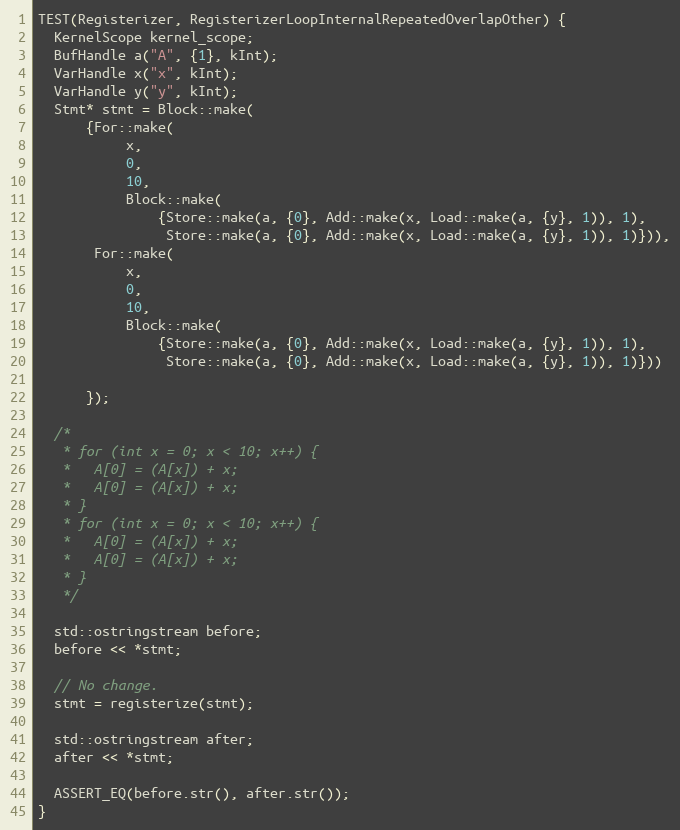
Language: C++
TEST(Registerizer, RegisterizerLoopInternalRepeatedOverlapOther) {
  KernelScope kernel_scope;
  BufHandle a("A", {1}, kInt);
  VarHandle x("x", kInt);
  VarHandle y("y", kInt);
  Stmt* stmt = Block::make(
      {For::make(
           x,
           0,
           10,
           Block::make(
               {Store::make(a, {0}, Add::make(x, Load::make(a, {y}, 1)), 1),
                Store::make(a, {0}, Add::make(x, Load::make(a, {y}, 1)), 1)})),
       For::make(
           x,
           0,
           10,
           Block::make(
               {Store::make(a, {0}, Add::make(x, Load::make(a, {y}, 1)), 1),
                Store::make(a, {0}, Add::make(x, Load::make(a, {y}, 1)), 1)}))

      });

  /*
   * for (int x = 0; x < 10; x++) {
   *   A[0] = (A[x]) + x;
   *   A[0] = (A[x]) + x;
   * }
   * for (int x = 0; x < 10; x++) {
   *   A[0] = (A[x]) + x;
   *   A[0] = (A[x]) + x;
   * }
   */

  std::ostringstream before;
  before << *stmt;

  // No change.
  stmt = registerize(stmt);

  std::ostringstream after;
  after << *stmt;

  ASSERT_EQ(before.str(), after.str());
}